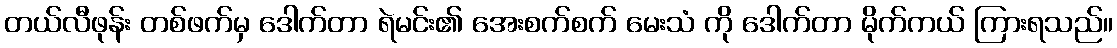
တယ်လီဖုန်း တစ်ဖက်မှ ဒေါက်တာ ရဲမင်း၏ အေးစက်စက် မေးသံ ကို ဒေါက်တာ မိုက်ကယ် ကြားရသည်။